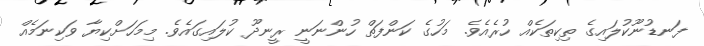
ފަނޑުނޫކުލައިގެ ތިކިތަކެއް ހުރެއެވެ. މަހުގެ ކަންފަތް ހުންނަނީ ރީނދޫ ކުލައިގައެވެ. މިމަހަށްކިޔާ ވަކިނަމެއް